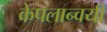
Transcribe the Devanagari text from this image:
केपलान्वयी